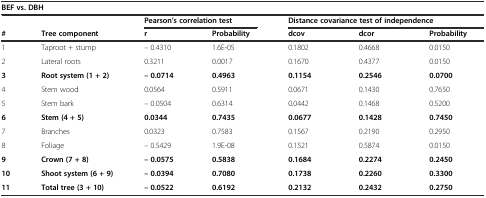
| <COLSPAN=7> BEF vs. DBH |
 |  |  | <COLSPAN=2> Pearson’s correlation test | <COLSPAN=3> Distance covariance test of independence |
 | # | Tree component | r | Probability | dcov | dcor | Probability |
 | --- | --- | --- | --- | --- | --- | --- |
 | 1 | Taproot + stump | – 0.4310 | 1.6E-05 | 0.1802 | 0.4668 | 0.0150 |
 | 2 | Lateral roots | 0.3211 | 0.0017 | 0.1670 | 0.4377 | 0.0150 |
 | 3 | Root system (1 + 2) | – 0.0714 | 0.4963 | 0.1154 | 0.2546 | 0.0700 |
 | 4 | Stem wood | 0.0564 | 0.5911 | 0.0671 | 0.1430 | 0.7650 |
 | 5 | Stem bark | – 0.0504 | 0.6314 | 0.0442 | 0.1468 | 0.5200 |
 | 6 | Stem (4 + 5) | 0.0344 | 0.7435 | 0.0677 | 0.1428 | 0.7450 |
 | 7 | Branches | 0.0323 | 0.7583 | 0.1567 | 0.2190 | 0.2950 |
 | 8 | Foliage | – 0.5429 | 1.9E-08 | 0.1521 | 0.5874 | 0.0150 |
 | 9 | Crown (7 + 8) | – 0.0575 | 0.5838 | 0.1684 | 0.2274 | 0.2450 |
 | 10 | Shoot system (6 + 9) | – 0.0394 | 0.7080 | 0.1738 | 0.2260 | 0.3300 |
 | 11 | Total tree (3 + 10) | – 0.0522 | 0.6192 | 0.2132 | 0.2432 | 0.2750 |